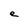
Character: e